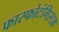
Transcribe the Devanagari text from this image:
फास्फोटंगिस्टक